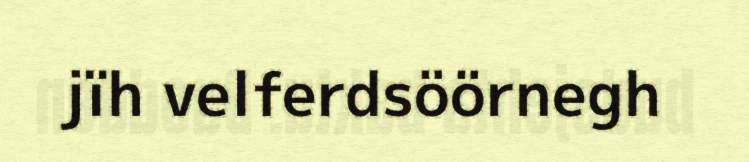
jïh velferdsöörnegh